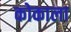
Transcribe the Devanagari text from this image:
कोकाला